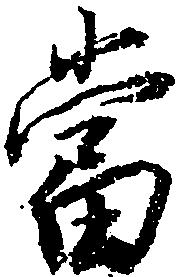
当